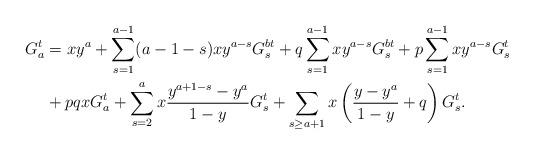
LaTeX: \begin{align*}G^t_a&=xy^a+\sum_{s=1}^{a-1}(a-1-s)xy^{a-s}G^{bt}_s+q\sum_{s=1}^{a-1}xy^{a-s}G_s^{bt}+p\sum_{s=1}^{a-1}xy^{a-s}G_s^t\\&+pqxG_a^t+\sum_{s=2}^ax\frac{y^{a+1-s}-y^a}{1-y}G_s^t+\sum_{s\geq a+1}x\left(\frac{y-y^a}{1-y}+q\right)G_s^t.\end{align*}